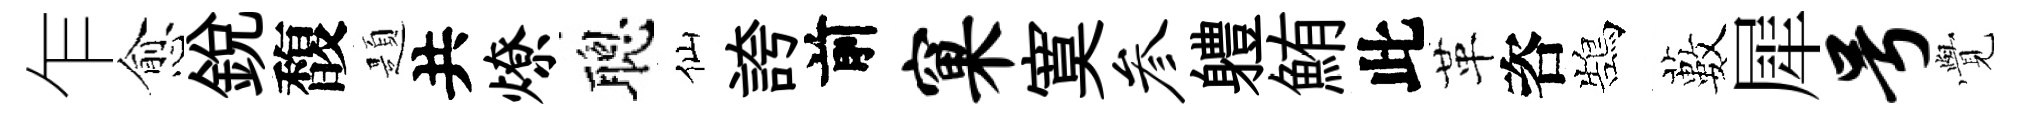
乍愈銳馥題共燎聰仙誇前窠寞参軆鮪此革咨鵠藪犀号𮗜